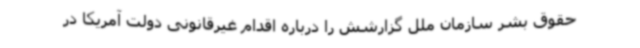
حقوق بشر سازمان ملل گزارشش را درباره اقدام غیرقانونی دولت آمریکا در